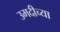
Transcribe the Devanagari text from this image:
उमदीच्या